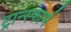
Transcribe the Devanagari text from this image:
ट्रान्स्फार्म